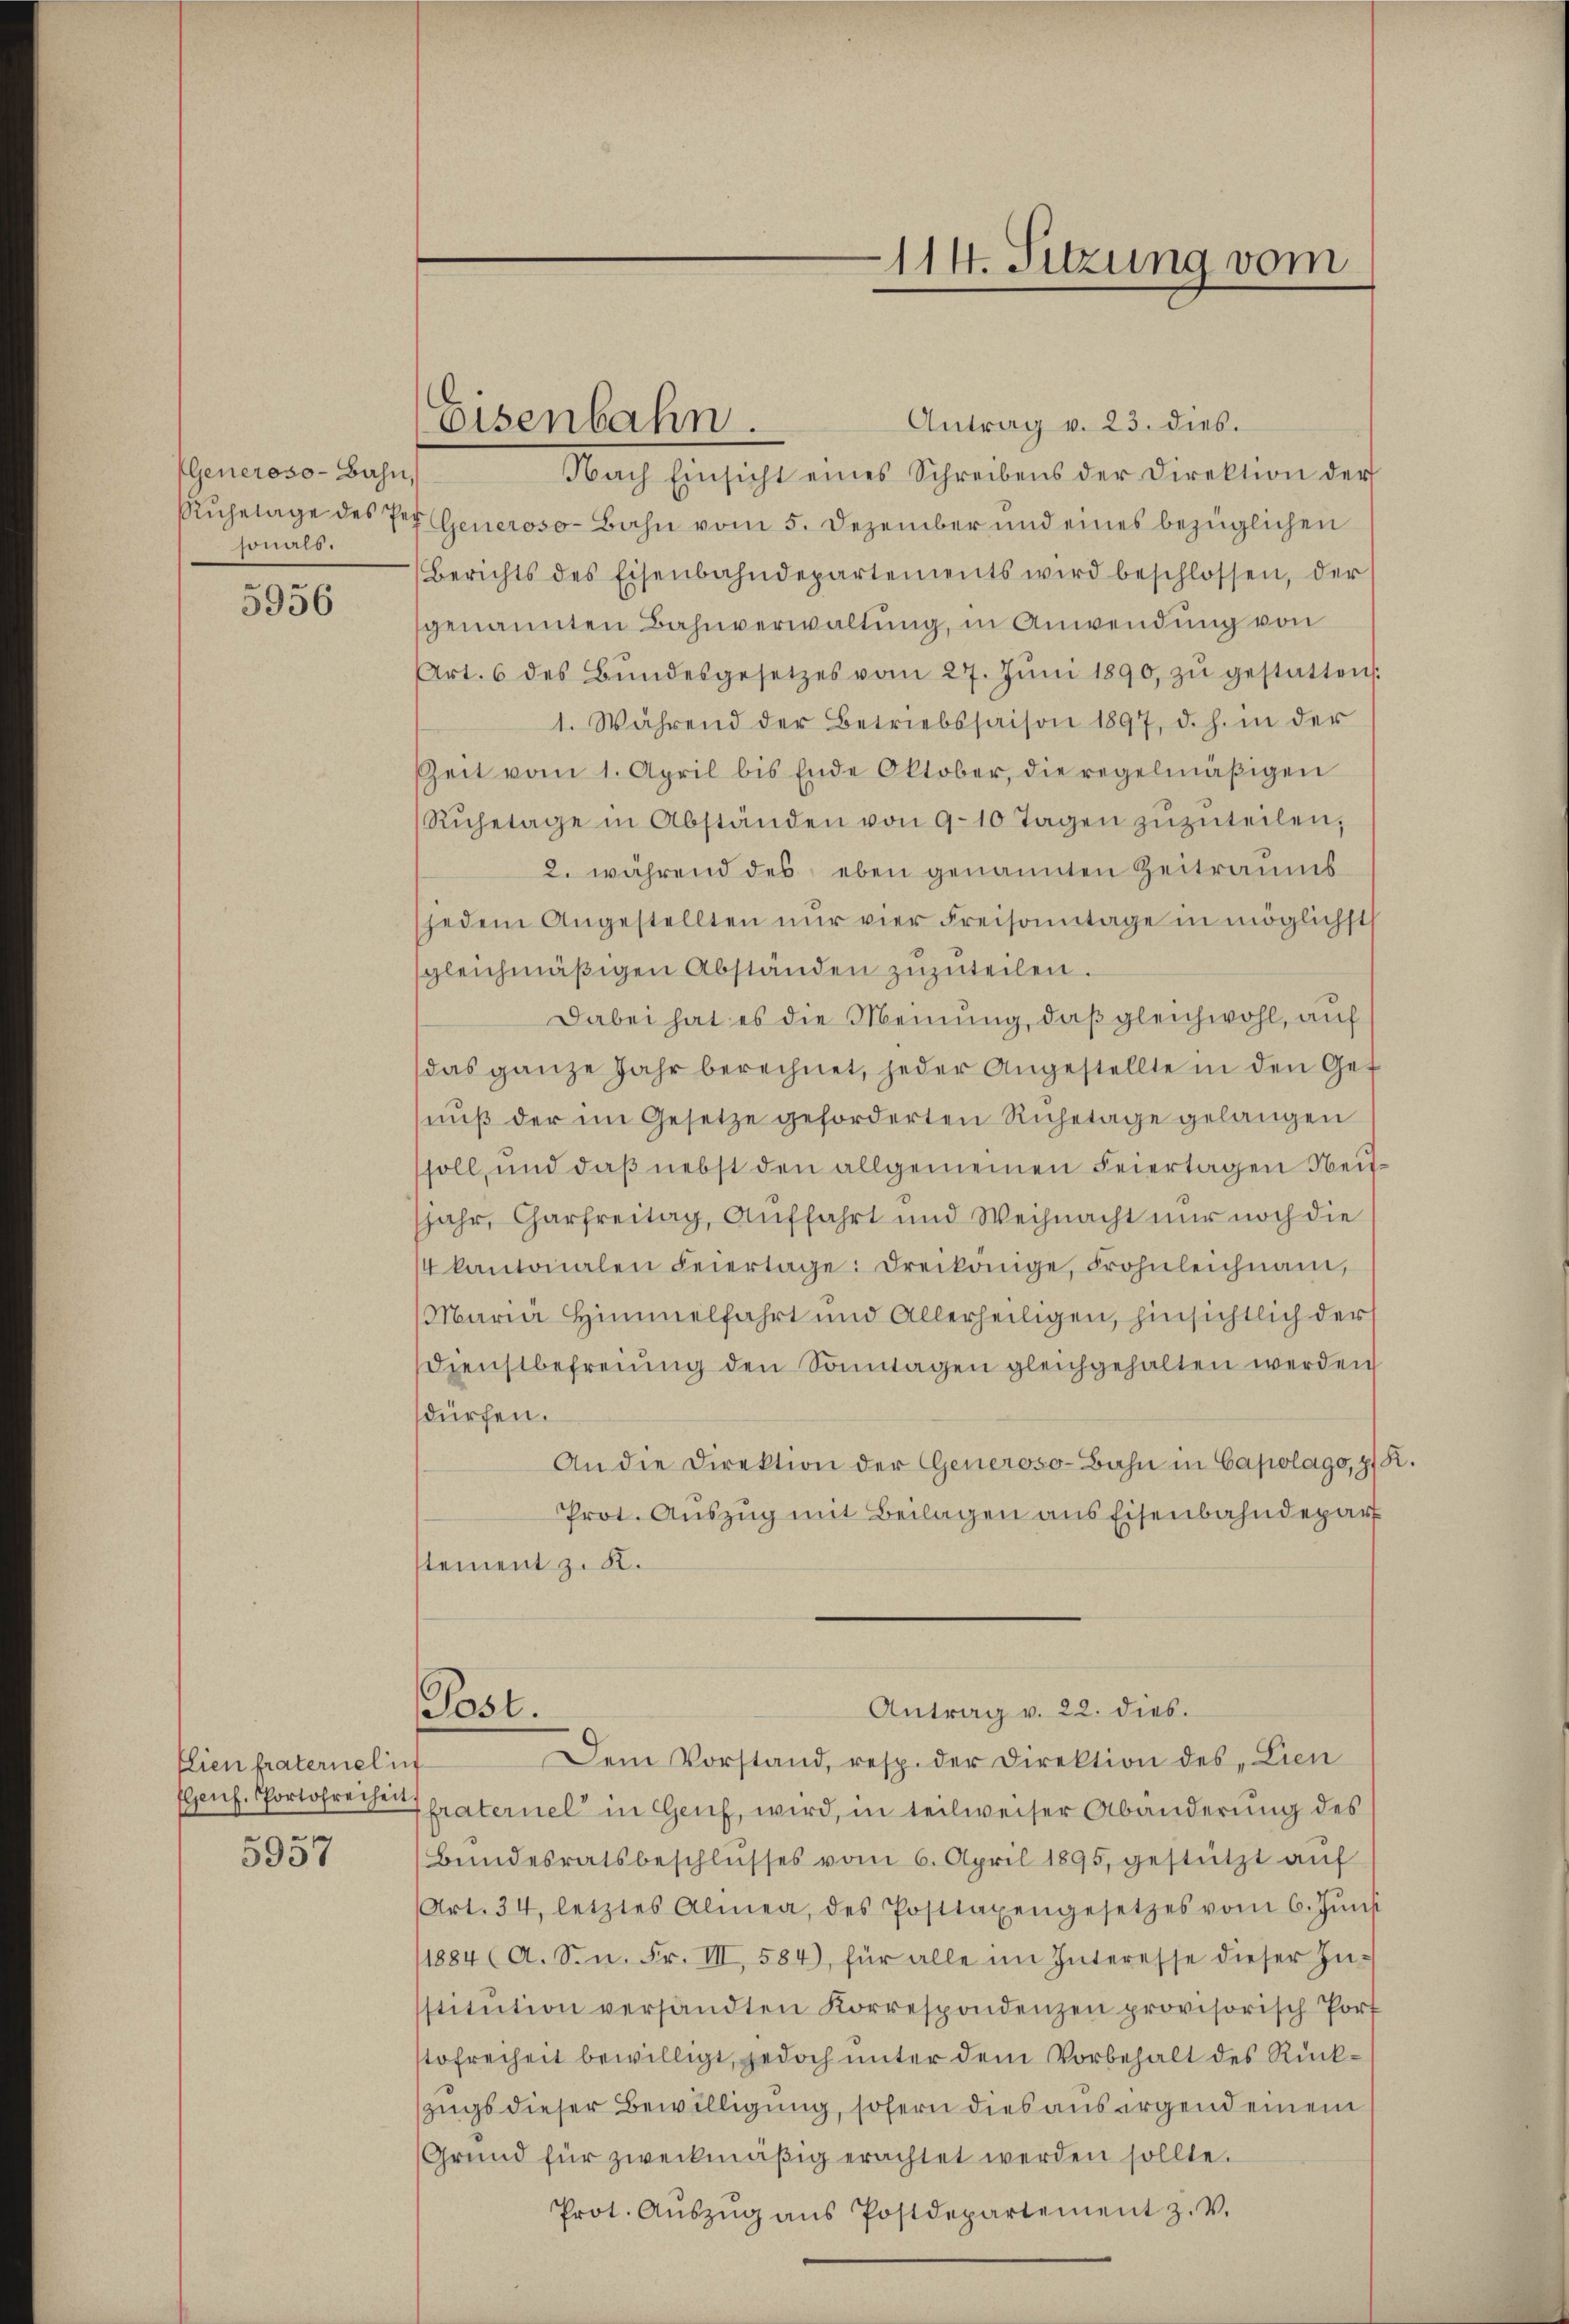
Generoso- Bahn,
sonals.

5956

Eien fraternelin
Elsenf. Portofreiheit

5957

Eisenbahn.

Antrag v. 23. dies.
Nach Einsicht eines Schreibens der Direktion der
Rŭhelage des der Generoso-Bahn vom 5. Dezember und eines bezüglichen
Berichts des Eisenbahndepartements wird beschlossen, der
genannten Bahnverwaltung, in Anwendung von
Art. 6 des Bŭndesgesetzes vom 27. Jŭni 1890, zŭ gestatten.
1. Während der Betriebssaison 1897, d. h. in der
Zeit vom 1. April bis Ende Oktober, die regelmäβigen
Rŭhetage in Abständen von 9-10 Tagen zŭzŭteilen,
2. während des eben genannten Zeitraums
jedem Angestellten nŭr vier Freisonntage in möglichst
sgleichmäβigen Abständen zŭzŭteilen.
Dabei hat es die Meinung, daß gleichwohl, auf
das ganze Jahr berechnet, jeder Angestellte in den Get
aŭβ der im Gesetze geforderten Ruhetage gelangen
soll, und daß nebst den allgemeinen Feiertagen Weisjahr, Charfreitag, Auffahrt und Weihnacht nur noch die
 kantonalen Feiertage: dreikönige, Frohnleichnam,
Maria Himmelfahrt und Allerheiligen, hinsichtlich der
Dienstbefreiung den Sonntagen gleichgehalten werden
dürfen.
An die Direktion der Generoso-Bahn in Capolago, 9.
Prot. Auszug mit Beilagen aus Eisenbahndepar
stement z. K.
Post.
Antrag v. 22. dies.
Dem Vorstand, resp. der Direktion des Lien
fraternel in Genf, wird, in teilweiser Abänderung des
Bŭndesratsbeschlŭsses vom 6. April 1895, gestützt aŭf
Art. 34, letztes Alinea, des Posttaxengesetzes vom 6. Jŭni
11884 (A. S. n. Fr. III, 584), für alle im Interesse dieser In-
stitŭtion versandten Korrespondenzen provisorisch Port
tofreiheit bewilligt, jedoch unter dem Vorbehalt des Rückzugs dieser Bewilligung, sofern dies aus irgend einem
Grŭnd für zweckmäßig erachtet werden sollte.
Prot. Aŭszŭg ans Postdepartement z. V.

114. Sitzung vom